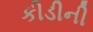
કીડીની